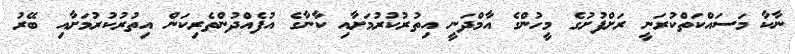
ނާކާ މަސައްކަތްކުރަނީ ރަށްފުށުގެ މީހުންގެ އާމްދަނީ އިތުރުކުރުމަށާއި ކާނާގެ އުފެއްދުންތެރިކަން އިތުރުކުރުމަށާއި ބޭރު